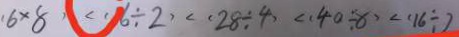
( 6 \times 8 ) < ( 6 \div 2 ) < ( 2 8 \div 4 ) < ( 4 0 \div 8 ) < ( 1 6 \div )